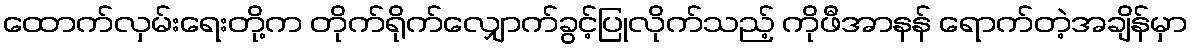
ထောက်လှမ်းရေးတို့က တိုက်ရိုက်လျှောက်ခွင့်ပြုလိုက်သည့် ကိုဖီအာနန် ရောက်တဲ့အချိန်မှာ